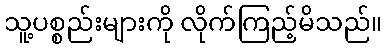
သူ့ပစ္စည်းများကို လိုက်ကြည့်မိသည်။